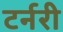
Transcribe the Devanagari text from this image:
टर्नरी